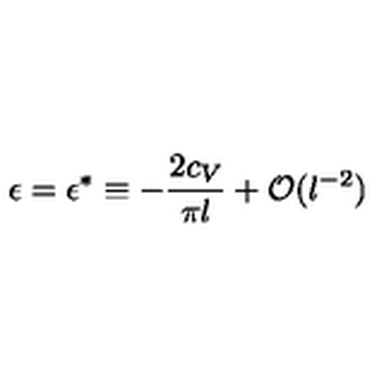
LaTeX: \epsilon = \epsilon ^ { * } \equiv - { \frac { 2 c _ { V } } { \pi l } } + { \cal O } ( l ^ { - 2 } )